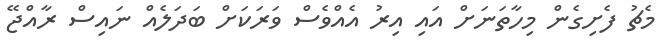
މެޗު ފެށިގެން މިހާތަނަށް އައި އިރު އެއްވެސް ވަރަކަށް ބަދަލެއް ނައިސް ރާއްޖޭ